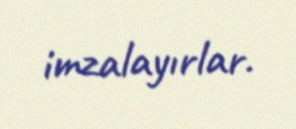
imzalayırlar.